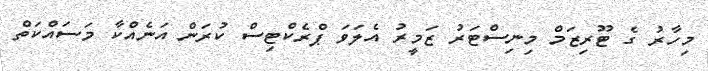
މިހާރު ގެ ޓޫރިޒަމް މިނިސްޓަރު ޒަމީރު އެލަވަ ޕްރެކްޓިސް ކުރަން އަނެއްކާ މަސައްކަތް